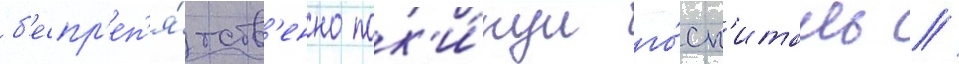
б'еспр'еп'я́тств'енно пок'и́нул го́сп'италь //